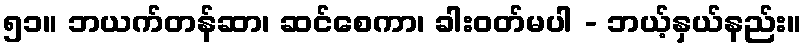
၅၁။ ဘယက်တန်ဆာ၊ ဆင်စေကာ၊ ခါးဝတ်မပါ - ဘယ့်နှယ်နည်း။